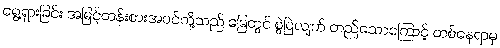
ရွေ့ရှားခြင်း အမြင့်တန်းစားအပင်တို့သည် မြေတွင် စွဲမြဲလျက် တည်သောကြောင့် တစ်နေရာမှ